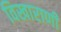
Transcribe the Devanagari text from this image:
विखाराणी